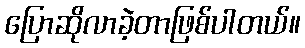
ပြောဆိုလာခဲ့တာဖြစ်ပါတယ်။